Annual administration report of the Civil Veterinary Department, Ajmere-Merwara, British Rajputana - 1914-1940
Year: 1914
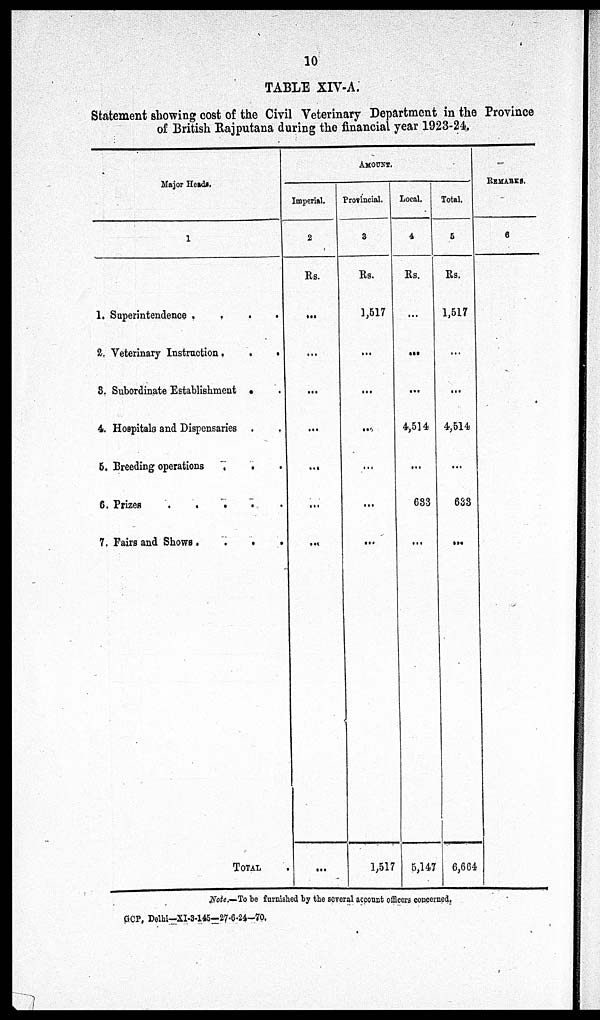
10
TABLE XIV-A.
Statement showing cost of the Civil Veterinary Department in the Province
of British Rajputana during the financial year 1923-24.
Major Heads.
1
1. Superintendence .
.
.
.
2. Veterinary Instruction . . . .
3. Subordinate Establishment . .
4. Hospitals and Dispensaries . .
5. Breeding operations
.
. .
6. Prizes
.
.
.
.
.
7. Fairs and Shows.
.
.
.
TOTAL.
AMOUNT.
Imperial.
2
Rs.
...
...
...
...
...
...
...
...
Provincial.
3
Rs.
1,517
...
...
...
...
...
...
1,517
Local.
4
Rs.
...
...
...
4,514
...
633
5,147
Total.
5
Rs.
1,517
...
...
4,514
...
633
...
6,664
REMARKS.
6
Note.-To be furnished by the several account officers concerned.
GCP, Delhi-XI-3-145––27-6-24––70.